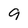
Character: 9